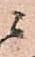
ニ